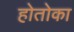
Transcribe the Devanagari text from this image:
होतोका